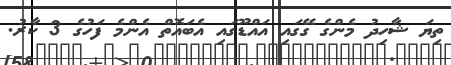
ތިޔަ ޝާހިދު މެންގެ ގޭގައި އައްޑޫގައި އެބައޮތް އެންމެ ފަހުގެ 3 ކާރު.